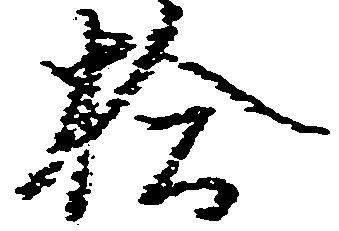
拾